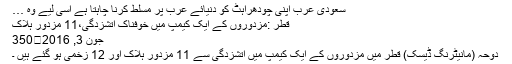
سعودی عرب اپنی چودھراہٹ کو دنیائے عرب پر مسلّط کرنا چاہتا ہے اسی لیے وہ …
قطر :مزدوروں کے ایک کیمپ میں خوفناک آتشزدگی،11 مزدور ہلاک
جون 3, 2016	350
دوحہ (مانیٹرنگ ڈیسک) قطر میں مزدوروں کے ایک کیمپ میں آتشزدگی سے 11 مزدور ہلاک اور 12 زخمی ہو گئے ہیں ۔